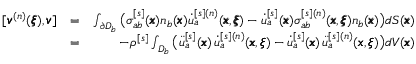
\begin{array} { r l r } { [ { \pmb v } ^ { ( n ) } ( { \pmb \xi } ) , { \pmb v } ] } & { = } & { \int _ { \partial D _ { b } } \big ( \sigma _ { a b } ^ { [ s ] } ( { \pmb x } ) n _ { b } ( { \pmb x } ) \dot { u } _ { a } ^ { [ s ] ( n ) } ( { \pmb x } , { \pmb \xi } ) - \dot { u } _ { a } ^ { [ s ] } ( { \pmb x } ) \sigma _ { a b } ^ { [ s ] ( n ) } ( { \pmb x } , { \pmb \xi } ) n _ { b } ( { \pmb x } ) \big ) d S ( { \pmb x } ) } \\ & { = } & { - \rho ^ { [ s ] } \int _ { D _ { b } } \big ( \ddot { u } _ { a } ^ { [ s ] } ( { \pmb x } ) \, \dot { u } _ { a } ^ { [ s ] ( n ) } ( { \pmb x } , { \pmb \xi } ) - \dot { u } _ { a } ^ { [ s ] } ( { \pmb x } ) \, \ddot { u } _ { a } ^ { [ s ] ( n ) } ( { \pmb x } , { \pmb \xi } ) \big ) d V ( { \pmb x } ) } \end{array}